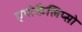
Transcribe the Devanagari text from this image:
एपोकैलिप्सो